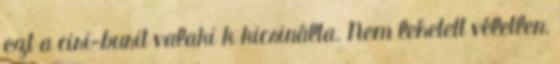
ezt a ciri-burit valaki k kicsinálta. Nem lehetett véletlen,